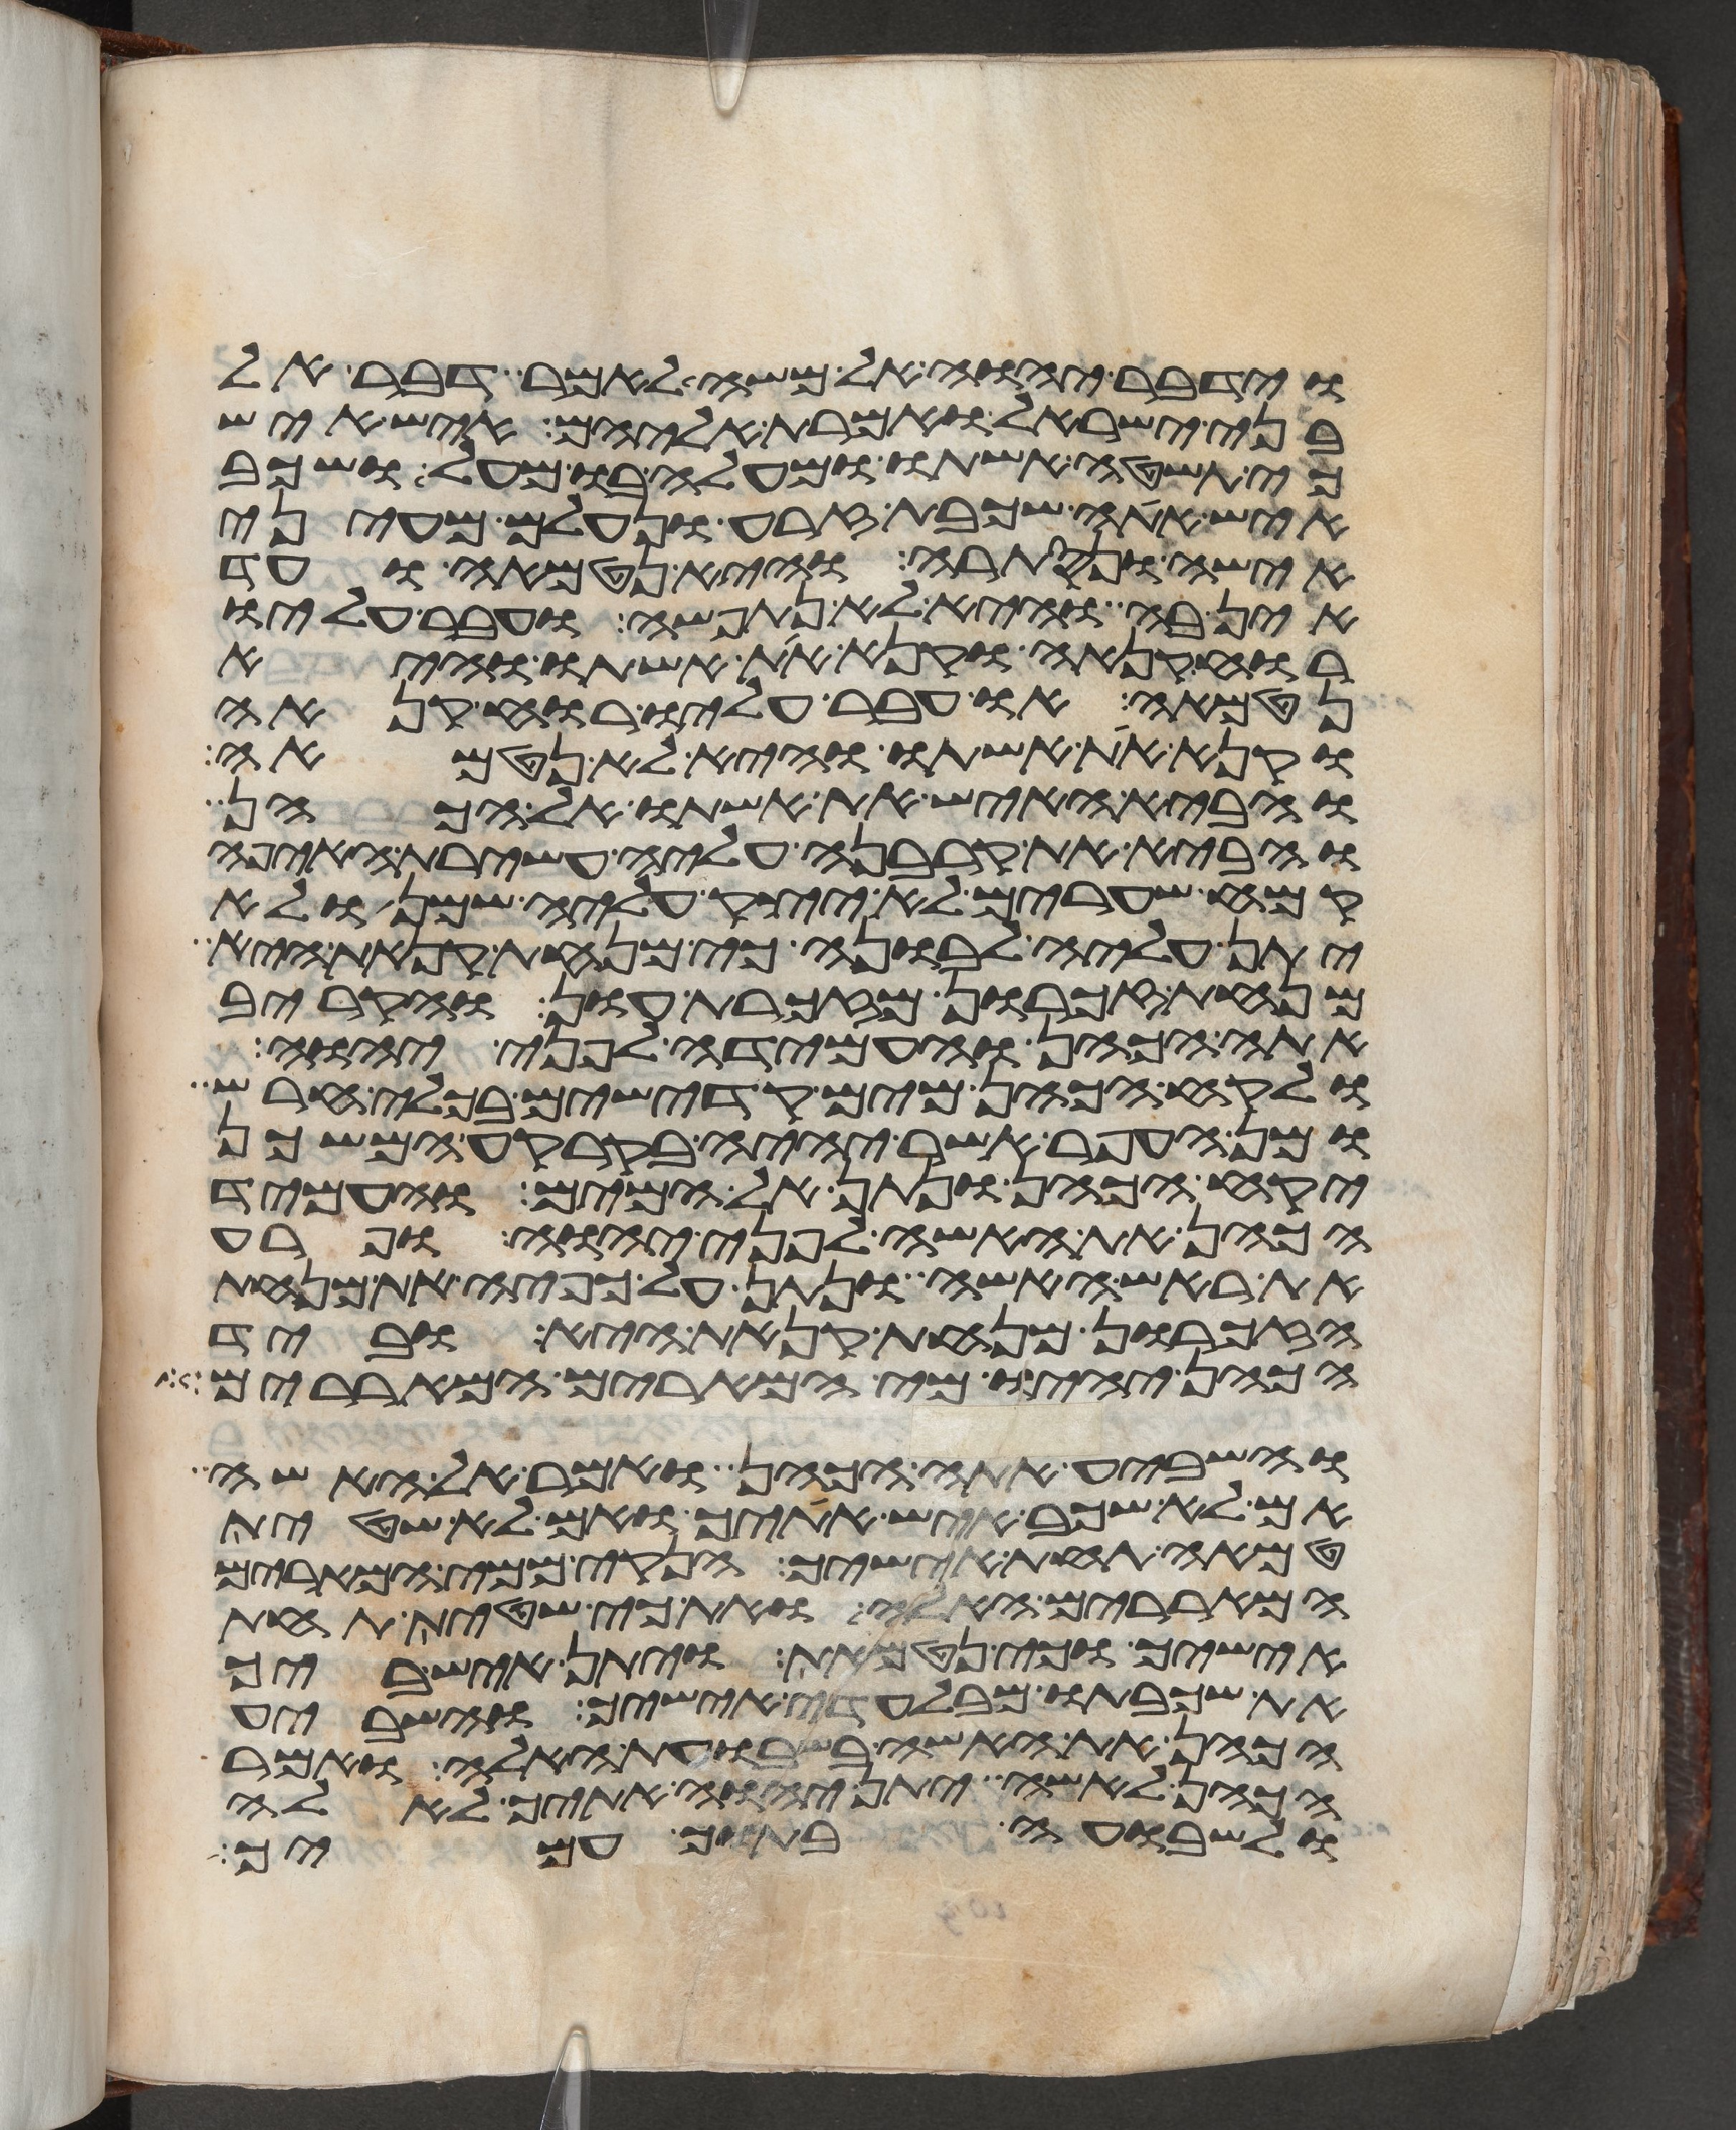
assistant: וידבר יהוה אל משה לאמר דבר אל
בני ישראל ואמרת אליהם איש איש
כי תשטה אשתו ומעלה בו מעל ושכב
איש אתה שכבת זרע ונעלם מעיני
אישה ונסתרה והיא נטמאה ועד
אין בה והיא לא נתפשה ועבר עליו
רוח קנאה וקנא את אשתו והיא
נטמאה או עבר עליו רוח קנאה
וקנא את אשתו והיא לא נטמאה
והביא האיש את אשתו אל הכהן
והביא את קרבנה עליה עשירת האיפה
קמח שערים לא יצק עליה שמן ולא
יתן עליה לבונה כי מנחת קנאת היא
מנחת זכרון מזכרת עון והקריב
אתה הכהן והעמידה לפני יהוה
ולקח הכהן מים קדישים בכלי חרש
ומן העפר אשר יהיה בקרקע המשכן
יקח הכהן ונתן אל המים והעמיד
הכהן את האשה לפני יהוה ופרע
את ראש האשה ונתן על כפיה את מנחת
הזכרון מנחת קנאת היא וביד
הכהן יהיו מי המרים המאררים
והשביע אתה הכהן ואמר אל האשה
אם לא שכב איש אתיך ואם לא שטית
טמאה תחת אישיך הנקי ממי המרים
המאררים האלה ואת כי שטית תחת
אישיך וכי נטמאת ויתן איש ביך
את שכבתו מבלעדי אישיך והשביע
הכהן את האשה בשבועת האלה ואמר
הכהן לאשה יתן יהוה אתיך לאלה
ולשבועה בתוך עמיך